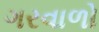
ગરવાળો